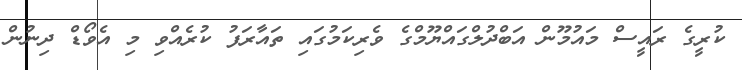
ކުރީގެ ރައީސް މައުމޫން އަބްދުލްގައްޔޫމްގެ ވެރިކަމުގައި ތައާރަފު ކުރެއްވި މި އެވޯޑް ދިނުން